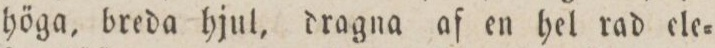
höga, breda hjul, dragna af en hel rad ele=